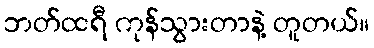
ဘတ်ထရီ ကုန်သွားတာနဲ့ တူတယ်။